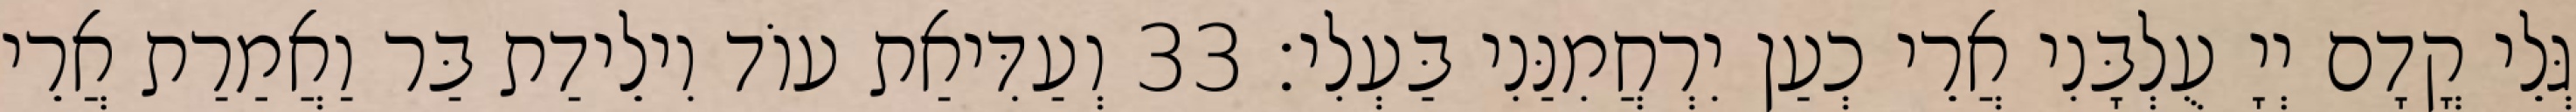
גְּלֵי קֳדָם יְיָ עֻלְבָּנִי אֲרֵי כְעַן יִרְחֲמִנַּנִי בַּעְלִי׃ 33 וְעַדִּיאַת עוֹד וִילֵידַת בַּר וַאֲמַרַת אֲרֵי